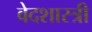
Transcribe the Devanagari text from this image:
वेदशास्त्री